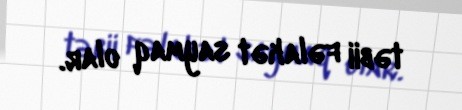
təbii fəlakət saymaq olar.